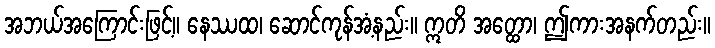
အဘယ်အကြောင်းဖြင့်။ နေဿထ၊ ဆောင်ကုန်အံ့နည်း။ ဣတိ အတ္ထော၊ ဤကားအနက်တည်း။